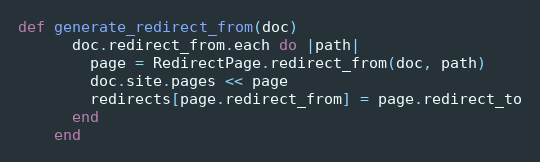
Language: Ruby
def generate_redirect_from(doc)
      doc.redirect_from.each do |path|
        page = RedirectPage.redirect_from(doc, path)
        doc.site.pages << page
        redirects[page.redirect_from] = page.redirect_to
      end
    end